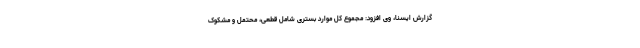
گزارش ایسنا، وی افزود: مجموع کل موارد بستری شامل قطعی، محتمل و مشکوک